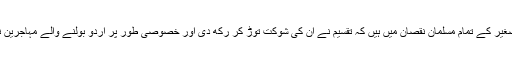
بعض معنوں میں وہ کچھ فائدے میں بھی ہیں لیکن عمومی طور پر بر صغیر کے تمام مسلمان نقصان میں ہیں کہ تقسیم نے ان کی شوکت توڑ کر رکھ دی اور خصوصی طور پر اردو بولنے والے مہاجرین نقصان میں ہیں کہ وہ نسلوں کے گزر جانے کے بعد بھی مہاجر ہی ہیں۔